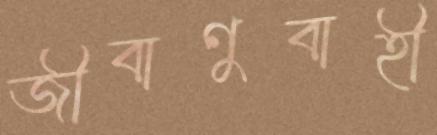
জীবাণুবাহী